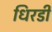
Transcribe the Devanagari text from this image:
धिरडी